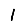
Digit: 1